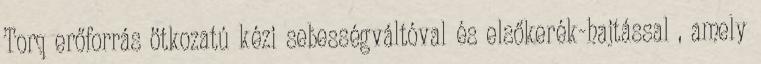
Torq erőforrás ötkozatú kézi sebességváltóval és elsőkerék-hajtással , amely